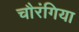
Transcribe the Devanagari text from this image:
चौरंगिया